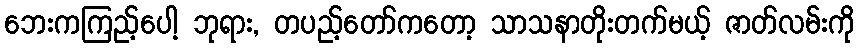
ဘေးကကြည့်ပေါ့ ဘုရား, တပည့်တော်ကတော့ သာသနာတိုးတက်မယ့် ဇာတ်လမ်းကို